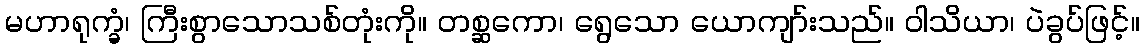
မဟာရုက္ခံ၊ ကြီးစွာသောသစ်တုံးကို။ တစ္ဆကော၊ ရွေသော ယောကျာ်းသည်။ ဝါသိယာ၊ ပဲခွပ်ဖြင့်။